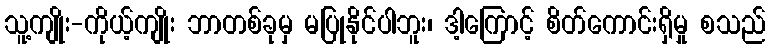
သူ့ကျိုး-ကိုယ့်ကျိုး ဘာတစ်ခုမှ မပြုနိုင်ပါဘူး၊ ဒါ့ကြောင့် စိတ်ကောင်းရှိမှု စသည်